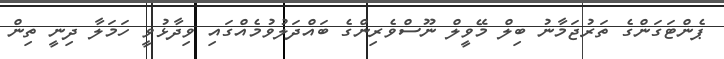
ޕެންޓަގަންގެ ތަރުޖަމާނު ބިލް މޭވީލް ނޫސްވެރިންގެ ބައްދަލުވުމެއްގައި ވިދާޅުވީ ހަމަލާ ދިނީ ތިން